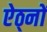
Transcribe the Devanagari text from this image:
ऐठ्नों